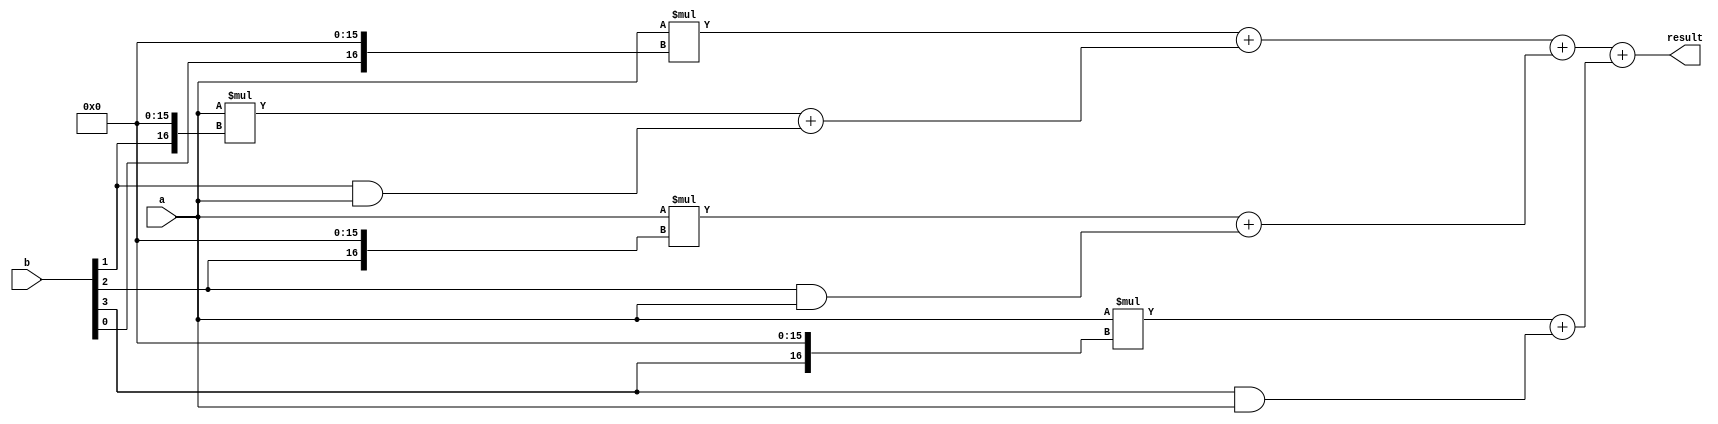
module ModifiedBoothMultiplier (
    input [15:0] a,
    input [15:0] b,
    output reg [31:0] result
);

reg [31:0] partial_products[3:0];
reg [31:0] products[3:0];

// Partial product generation
assign partial_products[0] = a * {b[0], 16'b0};
assign partial_products[1] = a * {b[1], 16'b0};
assign partial_products[2] = a * {b[2], 16'b0};
assign partial_products[3] = a * {b[3], 16'b0};

// Modified Booth encoding
always @(*)
begin
    products[0] = partial_products[0];
    products[1] = partial_products[1] + (b[1] & a);
    products[2] = partial_products[2] + (b[2] & a);
    products[3] = partial_products[3] + (b[3] & a);
end

// Wallace Tree adder
assign result = products[0] + products[1] + products[2] + products[3];

endmodule